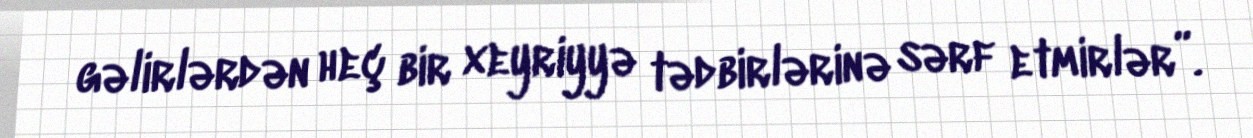
gəlirlərdən heç bir xeyriyyə tədbirlərinə sərf etmirlər”.